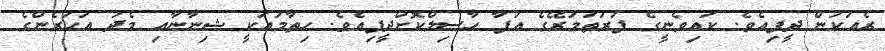
ރެއަކުން ދީފިއެވެ. ކައިވެނީގެ ފުރަތަމަރޭގެ އުފާ ހާސިލްކޮށްދީފިއެވެ. ހިތާމައަކީ ޝިނާނާއި މެދު އަހަރެންގެ